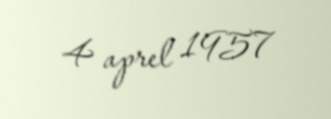
4 aprel 1957